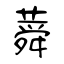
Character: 蕣